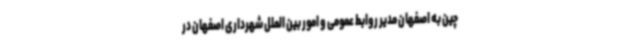
چین به اصفهان مدیر روابط عمومی و امور بین الملل شهرداری اصفهان در